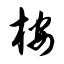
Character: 桉